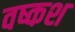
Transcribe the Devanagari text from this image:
वष्कश